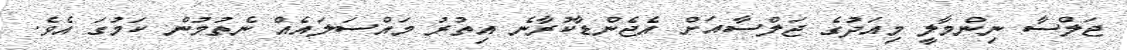
ޖަލްސާ ނިންމާލީ މިއަދުގެ ޖަލްސާއަށް އެޖެންޑާކުރާނެ އިތުރު މައްސަލައެއް ނެތުމުން ކަމުގަ އެވެ.